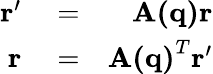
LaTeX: \begin{array}{rlr}{\mathbf{r}{'}}&{{}=}&{\mathbf{A(q)}\mathbf{r}}\\ {\mathbf{r}}&{{}=}&{\mathbf{A(q)}^{T}\mathbf{r}{'}}\end{array}